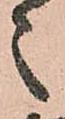
之